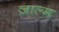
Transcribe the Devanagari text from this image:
ज़ाल्म